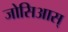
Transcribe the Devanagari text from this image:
जोसिआस्